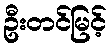
ဦးတင်မြင့်